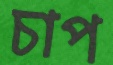
চাপ